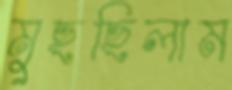
মুছছিলাম